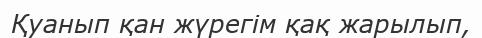
Қуанып қан жүрегiм қақ жарылып,